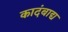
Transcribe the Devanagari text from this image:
कादंबाद्य